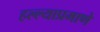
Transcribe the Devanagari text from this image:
हल्ल्याप्रमाणे